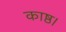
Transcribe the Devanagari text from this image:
काष्ठ।